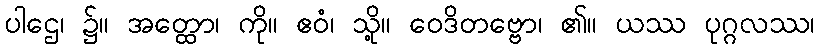
ပါဌေ၊ ၌။ အတ္ထော၊ ကို။ ဧဝံ၊ သို့။ ဝေဒိတဗ္ဗော၊ ၏။ ယဿ ပုဂ္ဂလဿ၊